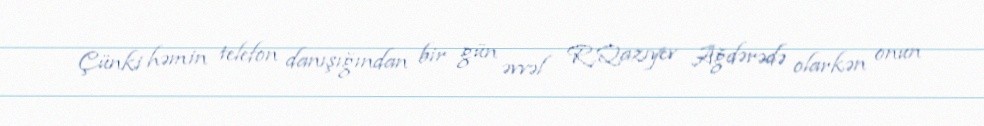
Çünki həmin telefon danışığından bir gün əvvəl R.Qazıyev Ağdərədə olarkən onun